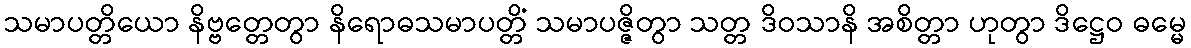
သမာပတ္တိယော နိဗ္ဗတ္တေတွာ နိရောဓသမာပတ္တိံ သမာပဇ္ဇိတွာ သတ္တ ဒိဝသာနိ အစိတ္တာ ဟုတွာ ဒိဋ္ဌေဝ ဓမ္မေ